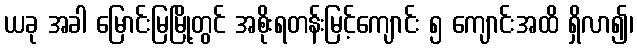
ယခု အခါ မြောင်းမြမြို့တွင် အစိုးရတန်းမြင့်ကျောင်း ၅ ကျောင်းအထိ ရှိလာ၍၊